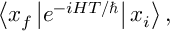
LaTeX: \left\langle x _ { f } \left| e ^ { - i H T / \hbar } \right| x _ { i } \right\rangle ,